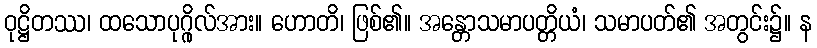
ဝုဋ္ဌိတဿ၊ ထသောပုဂ္ဂိုလ်အား။ ဟောတိ၊ ဖြစ်၏။ အန္တောသမာပတ္တိယံ၊ သမာပတ်၏ အတွင်း၌။ န